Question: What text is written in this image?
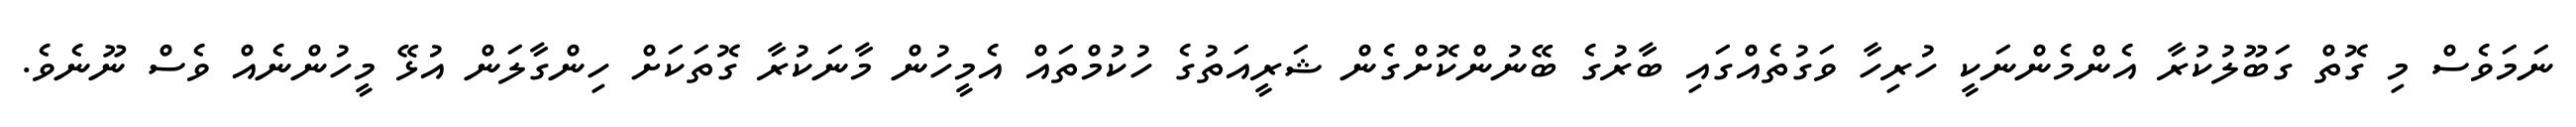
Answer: ނަމަވެސް މި ގޮތް ގަބޫލުކުރާ އެންމެންނަކީ ހުރިހާ ވަގުތެއްގައި ބާރުގެ ބޭނުންކޮށްގެން ޝަރީއަތުގެ ހުކުމްތައް އެމީހުން މާނަކުރާ ގޮތަކަށް ހިންގާލަން އުޅޭ މީހުންނެއް ވެސް ނޫނެވެ.